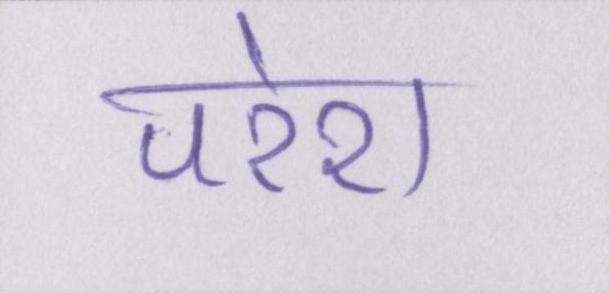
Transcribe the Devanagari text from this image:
परेश